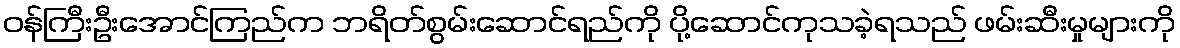
ဝန်ကြီးဦးအောင်ကြည်က ဘရိတ်စွမ်းဆောင်ရည်ကို ပို့ဆောင်ကုသခဲ့ရသည် ဖမ်းဆီးမှုများကို